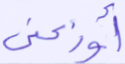
أوزعني